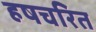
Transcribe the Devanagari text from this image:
हषचरित